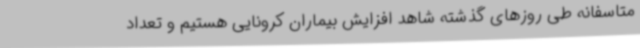
متاسفانه طی روزهای گذشته شاهد افزایش بیماران کرونایی هستیم و تعداد